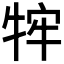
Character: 𭷡